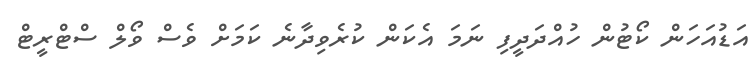
އަޑުއަހަން ކޯޓުން ހުއްދަދީފި ނަމަ އެކަން ކުރެވިދާނެ ކަމަށް ވެސް ވޯލް ސްޓްރީޓް